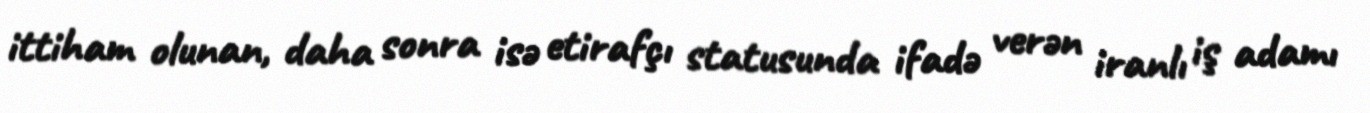
ittiham olunan, daha sonra isə etirafçı statusunda ifadə verən iranlı iş adamı